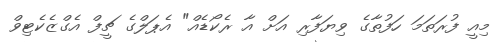
މިއީ ފުރަތަމަ ހަފުތާގެ ވިޔަފާރި އަށް އާ ރެކޯޑެއް" އެޕަލްގެ ޗީފް އެގްޒެކެޓިވް